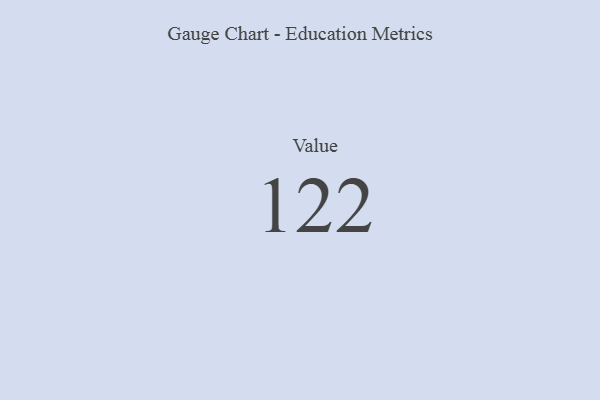
{"axis": {"x": "Metric", "y": "Value"}, "legend": [""], "data": [{"x": "Value", "y": 122, "type": ""}]}